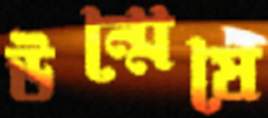
উন্মেষে